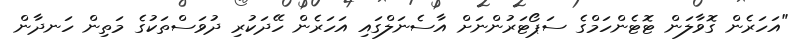
"އަހަރެން ގޮވާލަން ޓޮޓެންހަމްގެ ސަޕޯޓަރުންނަށް އާސެނަލްގައި އަހަރެން ހޭދަކުރި ދުވަސްތަކުގެ މަތިން ހަނދާން